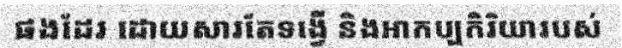
ផងដែរ ដោយសារតែទង្វើ និងអាកប្បកិរិយារបស់